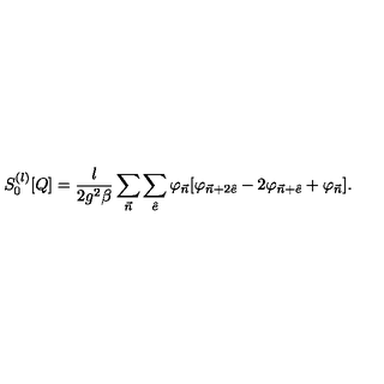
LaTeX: S _ { 0 } ^ { ( l ) } [ Q ] = { \frac { l } { 2 g ^ { 2 } \beta } } \sum _ { { \vec { n } } } \sum _ { { \hat { e } } } \varphi _ { { \vec { n } } } [ \varphi _ { { \vec { n } } + 2 { \hat { e } } } - 2 \varphi _ { { \vec { n } } + { \hat { e } } } + \varphi _ { \vec { n } } ] .